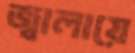
জ্বালায়ে